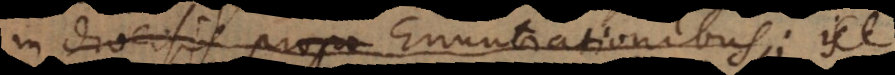
in diversis propo Enuntiationibus; is